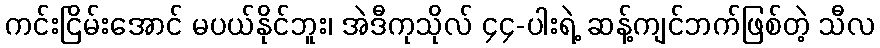
ကင်းငြိမ်းအောင် မပယ်နိုင်ဘူး၊ အဲဒီကုသိုလ် ၄၄-ပါးရဲ့ ဆန့်ကျင်ဘက်ဖြစ်တဲ့ သီလ